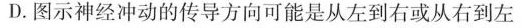
D.图示神经冲动的传导方向可能是从左到右或从右到左